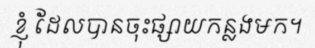
ខ្ញុំ ដែលបានចុះផ្សាយកន្លងមក។